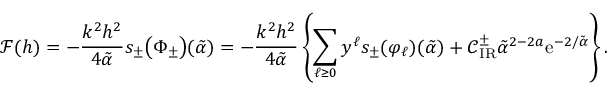
\mathcal { F } ( h ) = - \frac { k ^ { 2 } h ^ { 2 } } { 4 \tilde { \alpha } } s _ { \pm } \bigl ( \Phi _ { \pm } \bigr ) ( \tilde { \alpha } ) = - \frac { k ^ { 2 } h ^ { 2 } } { 4 \tilde { \alpha } } \left\{ \sum _ { \ell \ge 0 } y ^ { \ell } s _ { \pm } ( \varphi _ { \ell } ) ( \tilde { \alpha } ) + \mathcal { C } _ { \mathrm { I R } } ^ { \pm } \tilde { \alpha } ^ { 2 - 2 a } \mathrm { e } ^ { - 2 / \tilde { \alpha } } \right\} .